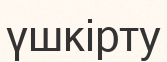
үшкірту